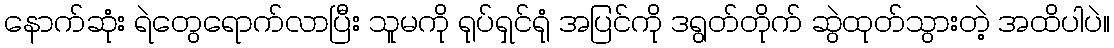
နောက်ဆုံး ရဲတွေရောက်လာပြီး သူမကို ရုပ်ရှင်ရုံ အပြင်ကို ဒရွတ်တိုက် ဆွဲထုတ်သွားတဲ့ အထိပါပဲ။